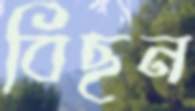
বিছন